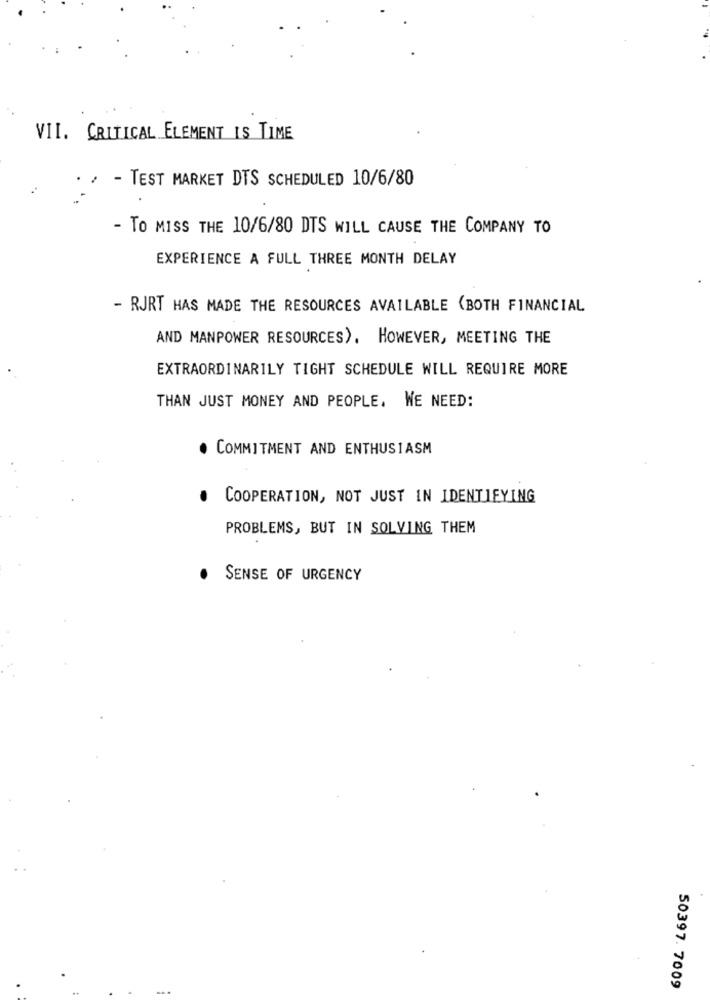
VII. CRITICAL ELEMENT IS TIME
- TEST MARKET DTS SCHEDULED 10/6/80
- TO MISS THE 10/6/80 DTS WILL CAUSE THE COMPANY TO
EXPERIENCE A FULL THREE MONTH DELAY
- RJRT HAS MADE THE RESOURCES AVAILABLE (BOTH FINANCIAL
AND MANPOWER RESOURCES). HOWEVER, MEETING THE
EXTRAORDINARILY TIGHT SCHEDULE WILL REQUIRE MORE
THAN JUST MONEY AND PEOPLE. WE NEED:
. COMMITMENT AND ENTHUSIASM
COOPERATION, NOT JUST IN IDENTIFYING
PROBLEMS, BUT IN SOLVING THEM
SENSE OF URGENCY
50397. 7009